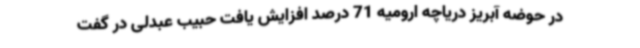
در حوضه آبریز دریاچه ارومیه 71 درصد افزایش یافت حبیب عبدلی در گفت